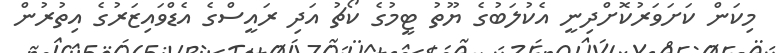
މިކަން ކަށަވަރުކޮށްދިނީ އެކުލަބުގެ ޔޫތު ޓީމުގެ ކޯޗު އަދި ރައީސްގެ އެޑްވައިޒަރުގެ އިތުރުން